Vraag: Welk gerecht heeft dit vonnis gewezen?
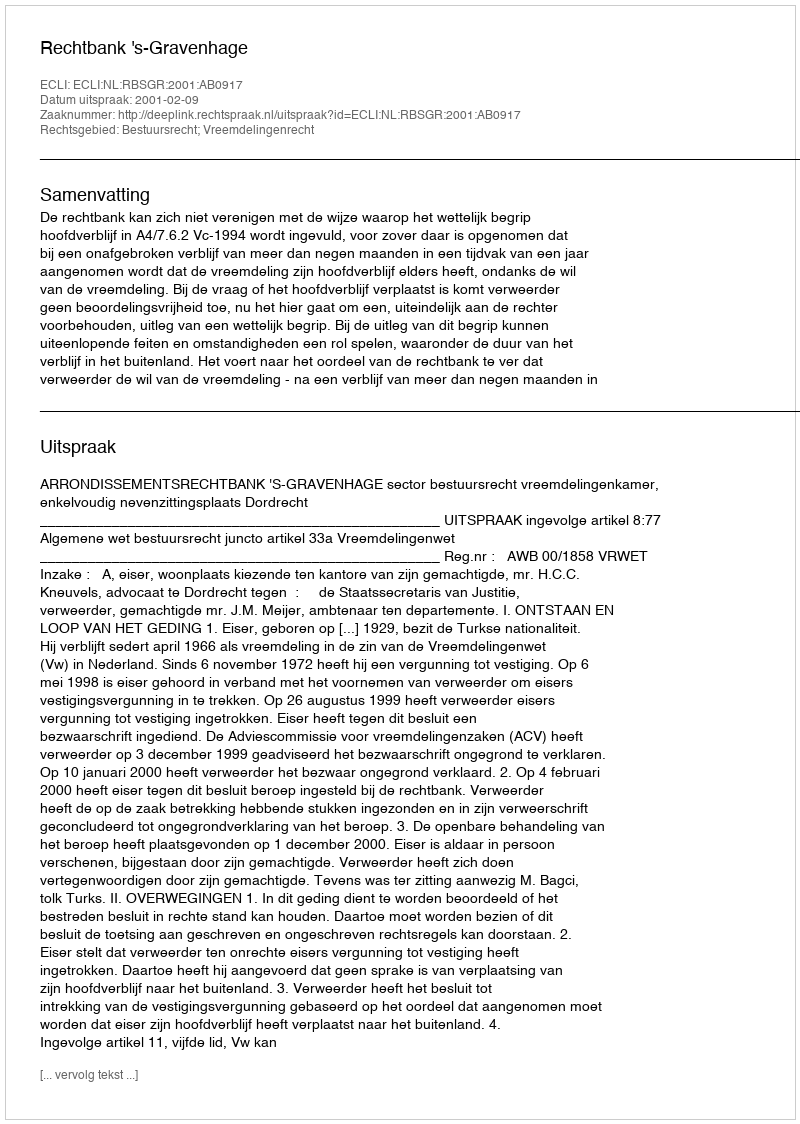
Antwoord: Rechtbank 's-Gravenhage